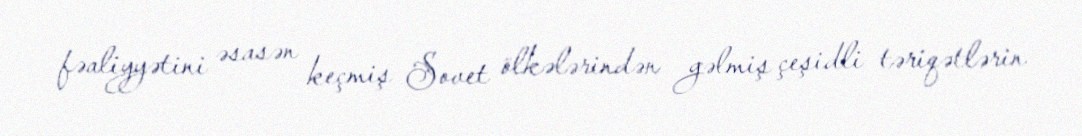
fəaliyyətini əsasən keçmiş Sovet ölkələrindən gəlmiş çeşidli təriqətlərin